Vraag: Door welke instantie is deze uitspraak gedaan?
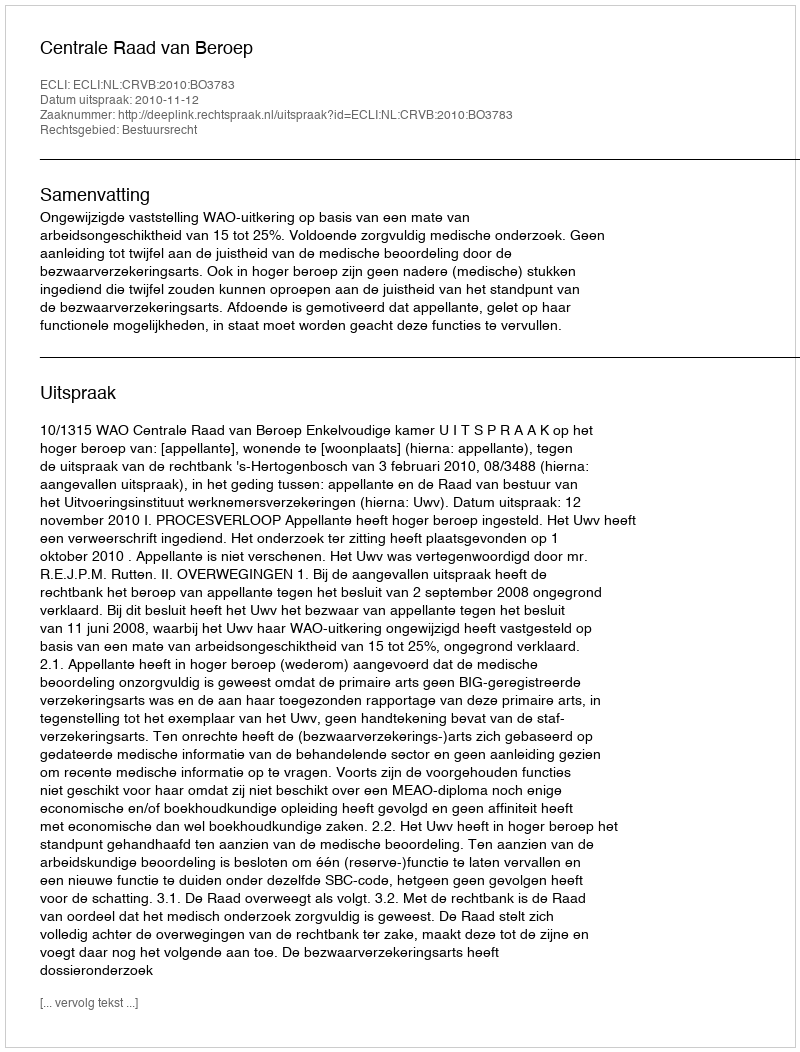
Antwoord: Centrale Raad van Beroep